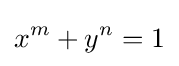
x^{m}+y^{n}=1